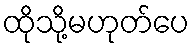
ထိုသို့မဟုတ်ပေ